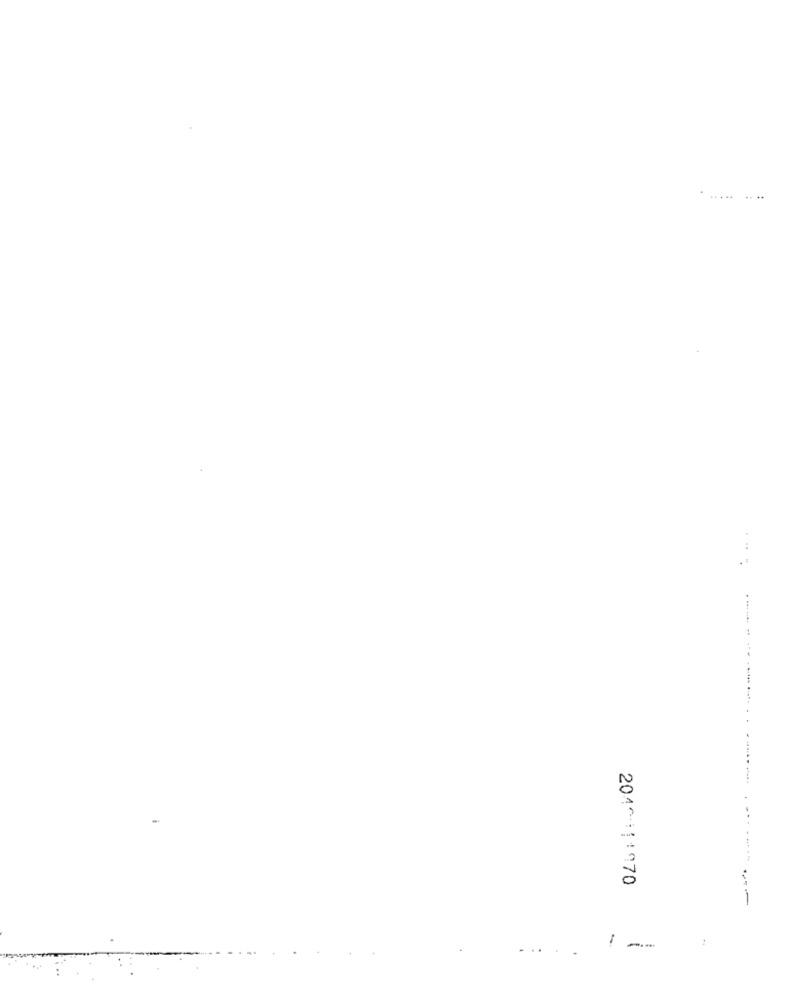
...... .. ..
.--
.......
204^111970
1
-